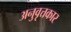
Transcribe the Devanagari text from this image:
अनुवृत्तकार